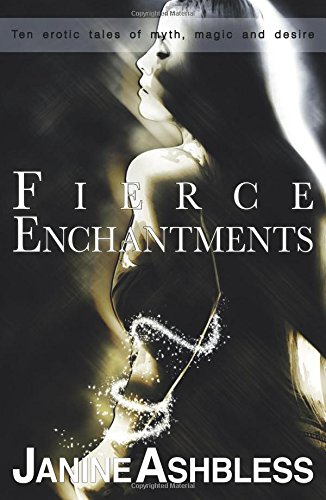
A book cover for Fierce Enchantments: Ten Erotic Tales of Myth, Magic and Desire; Janine Ashbless; Romance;